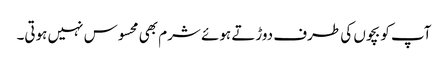
آپ کو بچوں کی طرف دوڑتے ہوئے شرم بھی محسوس نہیں ہوتی۔